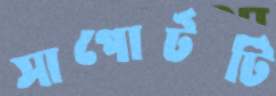
সাপোর্টটি